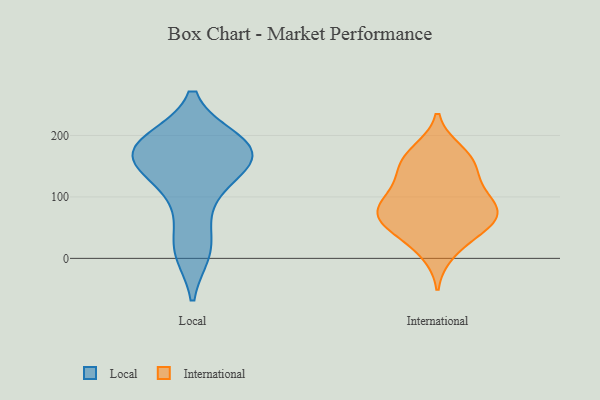
{"axis": {"x": "Net Income (USD K)", "y": "Value"}, "legend": ["International", "Local"], "data": [{"x": "", "y": 181, "type": "Local"}, {"x": "", "y": 191, "type": "Local"}, {"x": "", "y": 163, "type": "Local"}, {"x": "", "y": 131, "type": "Local"}, {"x": "", "y": 12, "type": "Local"}, {"x": "", "y": 86, "type": "Local"}, {"x": "", "y": 150, "type": "Local"}, {"x": "", "y": 191, "type": "Local"}, {"x": "", "y": 177, "type": "Local"}, {"x": "", "y": 163, "type": "Local"}, {"x": "", "y": 18, "type": "Local"}, {"x": "", "y": 62, "type": "International"}, {"x": "", "y": 159, "type": "International"}, {"x": "", "y": 101, "type": "International"}, {"x": "", "y": 132, "type": "International"}, {"x": "", "y": 60, "type": "International"}, {"x": "", "y": 61, "type": "International"}, {"x": "", "y": 138, "type": "International"}, {"x": "", "y": 93, "type": "International"}, {"x": "", "y": 10, "type": "International"}, {"x": "", "y": 80, "type": "International"}, {"x": "", "y": 89, "type": "International"}, {"x": "", "y": 174, "type": "International"}, {"x": "", "y": 165, "type": "International"}, {"x": "", "y": 34, "type": "International"}, {"x": "", "y": 63, "type": "International"}]}